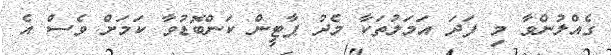
ގެއްލުންވާ މި ފަދަ އަމަލުތަކާ މެދު ޕާޓީން ކަންބޮޑުވާ ކަމަށް ވެސް އެ